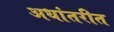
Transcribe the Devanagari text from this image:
अधांतरीत